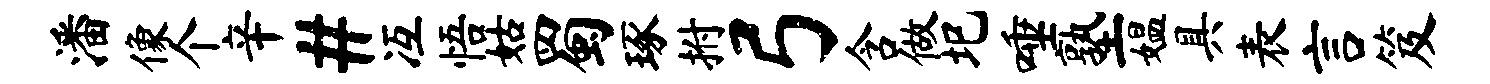
潘像个辛#冱悟姑蜀琢拊弓含做圯唾塾媪具表言笈